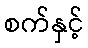
စက်နှင့်